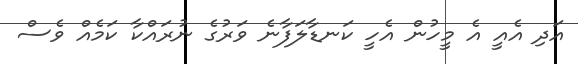
އަދި އެއީ އެ މީހުން އެހީ ކަނޑާލަފާނެ ވަރުގެ ނުރައްކާ ކަމެއް ވެސް